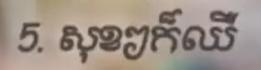
5. សុខៗក៏ឈឺ